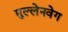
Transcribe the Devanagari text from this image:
मुल्लेनवेग